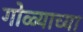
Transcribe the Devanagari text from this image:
गोळ्याच्या